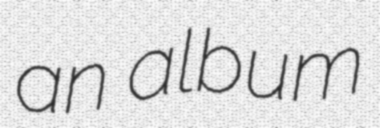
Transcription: an album